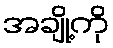
အချို့ကို